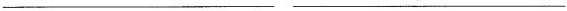
___ ___